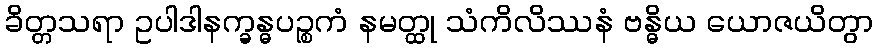
ခိတ္တသရာ ဥပါဒါနက္ခန္ဓပဉ္စကံ နမတ္ထု သံကိလိဿနံ ဗန္ဓိယ ယောဇယိတွာ